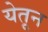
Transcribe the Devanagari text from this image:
येतून